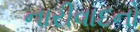
નારીવાદનો